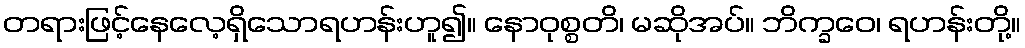
တရားဖြင့်နေလေ့ရှိသောရဟန်းဟူ၍။ နောဝုစ္စတိ၊ မဆိုအပ်။ ဘိက္ခဝေ၊ ရဟန်းတို့။